Civil Veterinary Dept. Bombay admin report 1907-1913 - 1907-1913
Year: 1907
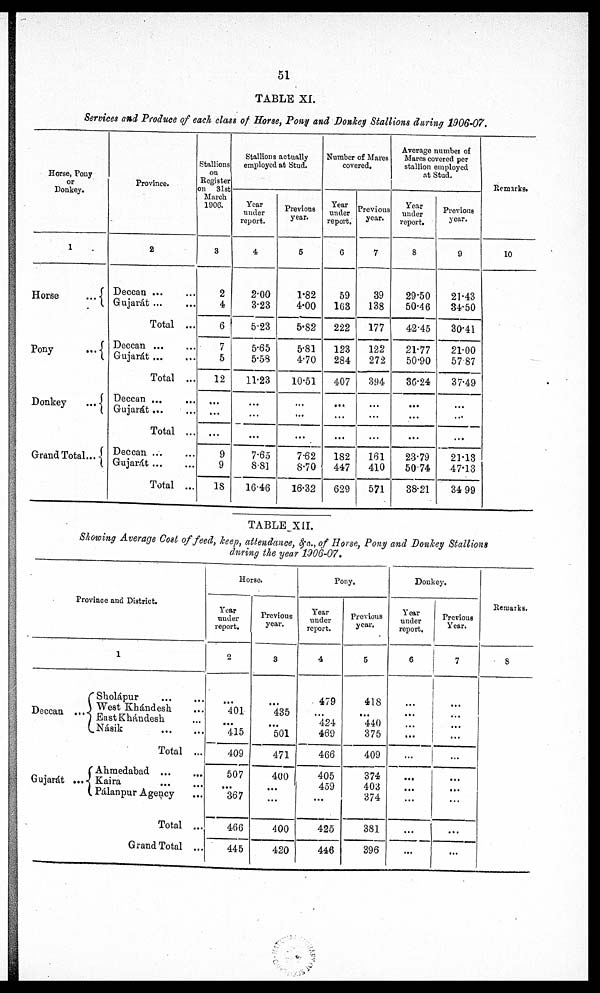
51
TABLE XI.
Services and Produce of each class of Horse, Pony and Donkey Stallions during 1906-07.
Horse, Pony
or
Donkey.
1
Horse
...
Pony
...
Donkey
...
Grand Total ...
Province.
2
Deccan ... ...
Gujarat ...
Total ...
Deccan ... ...
Gujarát ... ...
Total ...
Deccan ... ...
Gujarát
..
...
Total ...
Deccan ...
Gujarát
Total ...
Stallions
on
Register
on 31st
March
1906.
3
2
4
6
7
5
12
...
...
...
9
9
18
Stallions actually
employed at Stud.
Year
under
report.
4
2.00
3.23
5.23
5.65
5.53
11.23
...
...
...
7.65
8.8]
16.46
Previous
year.
6
1.82
4.00
5.82
5.81
4.70
10.51
...
...
...
7.62
8.70
16.32
Number of Mares
covered.
Year
under
report.
6
59
163
222
123
284
407
...
...
...
182
447
629
Previous
year.
7
39
138
177
122
272
394
...
...
...
161
410
571
Average number of
Mares covered per
stallion employed
at Stud.
Year
under
report.
8
29.50
50.46
42.45
21.77
50.90
36.24
...
...
...
23.79
5074
38.21
Previous
year.
9
21.43
34.50
30.41
21.00
57.87
37.49
...
...
...
21.13
47.13
34 99
Remarks.
10
TABLE XII.
Showing Average Cost of feed, keep, attendance, &c., of Horse, Pony and Donkey Stallions
during the year 1906-07.
Province and District.
1
Deccan ...
Sholápur
...
...
West Khándesh ...
East Khándesh ...
Násik
Total ...
Gujarát ...
Ahmedabad
Kaira ... ...
Pálanpur Agency ...
Total ...
Grand Total ...
Horse.
Year
under
report.
2
...
401
415
409
507
367
466
445
Previous
year.
3
...
435
501
471
400
...
400
420
Pony.
Year
under
report.
4
479
424
469
466
405
459
...
425
446
Previous
year.
5
418
440
375
409
374
403
374
381
396
Donkey.
Year
under
report.
6
...
...
...
...
...
Previous
Year.
7
...
...
...
...
...
Remarks.
8